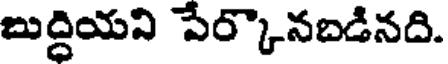
బుద్దియని పేర్కొనబడినది.